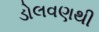
ડોલવણથી